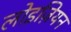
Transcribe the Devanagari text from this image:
लोइज़ियन